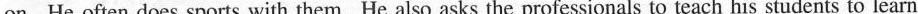
on. He often does sports with them. He also asks the professionals to teach his students to learn